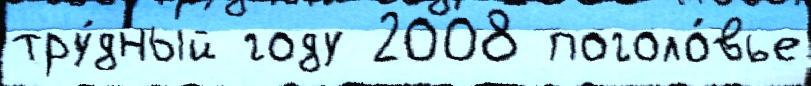
тру́дный году 2008 поголо́вье